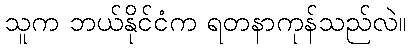
သူက ဘယ်နိုင်ငံက ရတနာကုန်သည်လဲ။